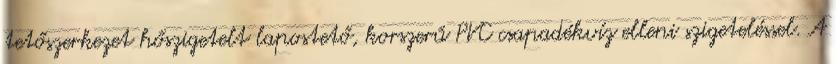
tetőszerkezet hőszigetelt lapostető, korszerű PVC csapadékvíz elleni szigeteléssel. A